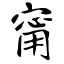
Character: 甯